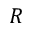
R